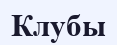
Клубы